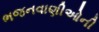
ભજનવાણીઓની